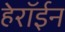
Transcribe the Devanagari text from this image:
हेरॉईन